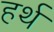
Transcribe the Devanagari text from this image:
हर्थ